Lunatic asylums Bombay report 1878-1890 - 1878-1890
Year: 1878
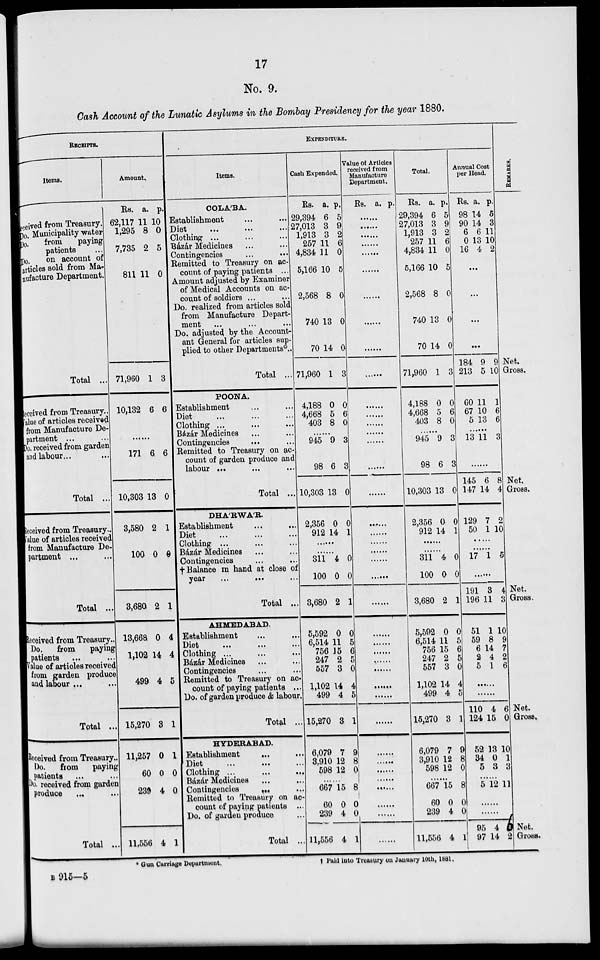
17
No. 9.
Cash Account of the Lunatic Asylums in the Bombay Presidency for the year 1880.
RECEIPTS.
Items.
received from Treasury.
Do. Municipality water
Do.
from
Paying
patients ...
Do.
on account of
articles sold from Ma-
nufacture Department.
Total ...
Received from Treasury ..
Value of articles received
from Manufacture De-
partment ... ...
Do. received from garden
and labour ... ...
Total ...
Received from Treasury..
Value of articles received
from Manufacture De-
partment ... ...
Total ...
Received from Treasury ..
Do.
from
paying
patients ... ...
Value of articles received
from garden produce
and labour ... ...
Total ...
Received from Treasury ..
Do.
from
paying
patients ... ...
Do. received from garden
produce ... ...
Total ...
Amount.
Rs.
62,117
1,295
7,735
811
71,960
10,132
a.
11
8
2
11
1
6
p.
10
0
5
0
3
6
......
171
10,303
3,580
100
3,680
13,668
1,102
499
15,270
11,257
60
239
11,556
6
13
2
0
2
0
14
4
3
0
0
4
4
6
0
1
0
1
4
4
5
1
1
0
0
1
EXPENDITURE.
Items.
COLÁBA.
Establishment ...
Diet ... ... ...
Clothing ... ... ...
Bázar Medicines ... ...
Contingencies ... ...
Remitted to Treasury on ac-
count of paying patients ...
Amount adjusted by Examiner
of Medical Accounts on ac-
count of soldiers ...
Do. realized from articles sold
from Manufacture Depart-
ment ... ... ...
Do. adjusted by the Account-
ant General for articles sup-
plied to other Departments ...
Total ...
POONA.
Establishment ... ...
Diet ... ... ...
Clothing ... ...
Bazár Medicines ... ...
Contingencies
... ...
Remitted to Treasury on ac-
count of garden produce and
labour ... ... ...
Total ...
DHÁRWÁR.
Establishment ... ...
Diet
...
...
...
Clothing ... ... ...
Bázár Medicines ... ...
Contingencies ... ...
† Balance in hand at close of
year
... ... ...
Total ...
AHMEDABAD.
Establishment ... ...
Diet ... ... ...
Clothing ... ... ...
Bázár Medicines ... ...
Contingencies ... ...
Remitted to Treasury on ac-
count of paying patients ...
Do. of garden produce & labour.
Total ..
HYDERABAD.
Establishment
... ...
Diet ... ... ...
Clothing ... ...
Bazar Medicines ... ...
Contingencies ... ...
Remitted to Treasury on ac-
count of paying patients ...
Do. of garden produce ...
Total ...
Cash Expended.
Rs.
29,394
27,013
1,913
257
4,834
5,166
2,568
740
70
71,960
4,188
4,668
403
a.
6
3
3
11
11
10
8
13
14
1
0
5
8
p.
5
9
2
6
0
5
0
0
0
3
0
6
0
......
945
98
10,303
2,356
912
9
6
13
0
14
3
3
0
0
1
......
......
311
100
3,680
5,592
6,514
756
247
557
1,102
499
15,270
6,079
3,910
598
4
0
2
0
11
15
2
3
14
4
3
7
12
12
0
0
1
0
5
6
5
0
4
5
1
9
8
0
......
667
60
239
11,556
15
0
4
4
8
0
0
1
Value of Articles
received from
Manufacture
Department.
Rs. a. p.
......
......
......
......
......
......
......
......
......
......
......
......
......
......
......
......
......
......
......
......
......
......
......
......
......
......
......
......
......
......
......
......
......
......
......
......
......
......
......
Total.
Rs.
29,394
27,013
1,913
257
4,834
5,166
2,568
740
70
71,960
4,188
4,668
403
a.
6
3
3
11
11
10
8
13
14
1
0
5
8
p.
5
9
2
6
0
5
0
0
0
3
0
6
0
...
945
98
10,303
2,356
912
9
6
13
0
14
3
3
0
0
1
......
......
311
100
3,680
5,592
6,514
756
247
557
1,102
499
15,270
6,079
3,910
598
4
0
2
0
11
15
2
3
14
4
3
7
12
12
0
0
1
0
5
6
5
0
4
5
1
9
8
0
......
667
60
239
11,556
15
0
4
4
8
0
0
1
Annual Cost
per Head.
Rs.
98
90
6
0
16
a.
14
14
6
13
4
p.
5
3
11
10
2
...
...
...
......
184
213
60
67
5
9
5
11
10
13
9
10
1
6
6
...
13 11 3
......
145
147
129
50
6
14
7
1
8
4
2
10
......
......
17 1 5
......
191
196
51
59
6
2
5
3
11
1
8
14
4
1
4
3
10
9
7
2
6
......
......
110
124
52
34
5
4
15
13
0
3
6
0
10
1
3
......
5 12 11
......
......
95
97
4
14
2
2
REMARKS.
Net.
Gross.
Net.
Gross.
Net.
Gross.
Net.
Gross.
Net.
Gross.
* Gun Carriage
Department.
†
Paid into Treasury on January 10th, 1881.
B 915—5